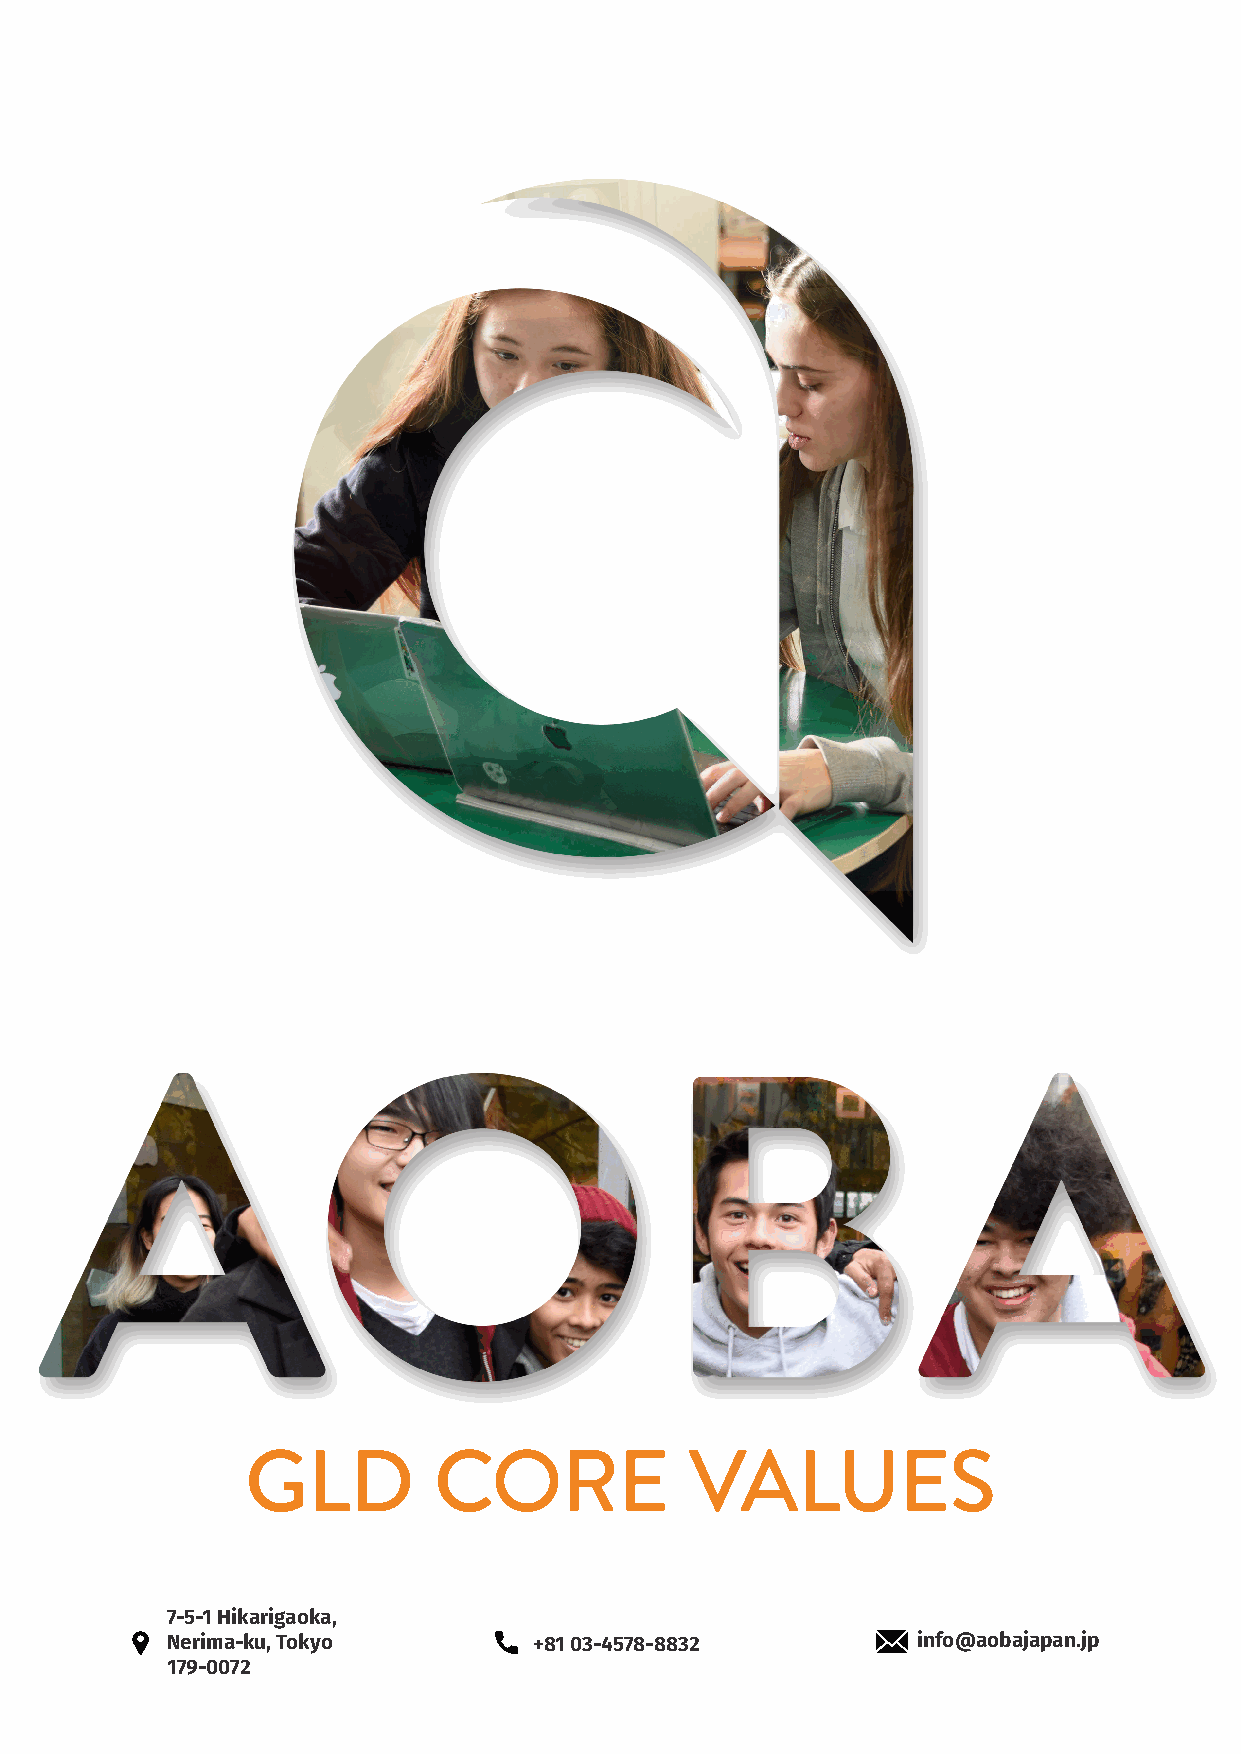
GLD          CORE             VALUES
 7-5-1 Hikarigaoka,
 Nerima-ku, Tokyo        +81 03-4578-8832          info@aobajapan.jp
 179-0072